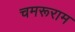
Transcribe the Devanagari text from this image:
चमरूराम